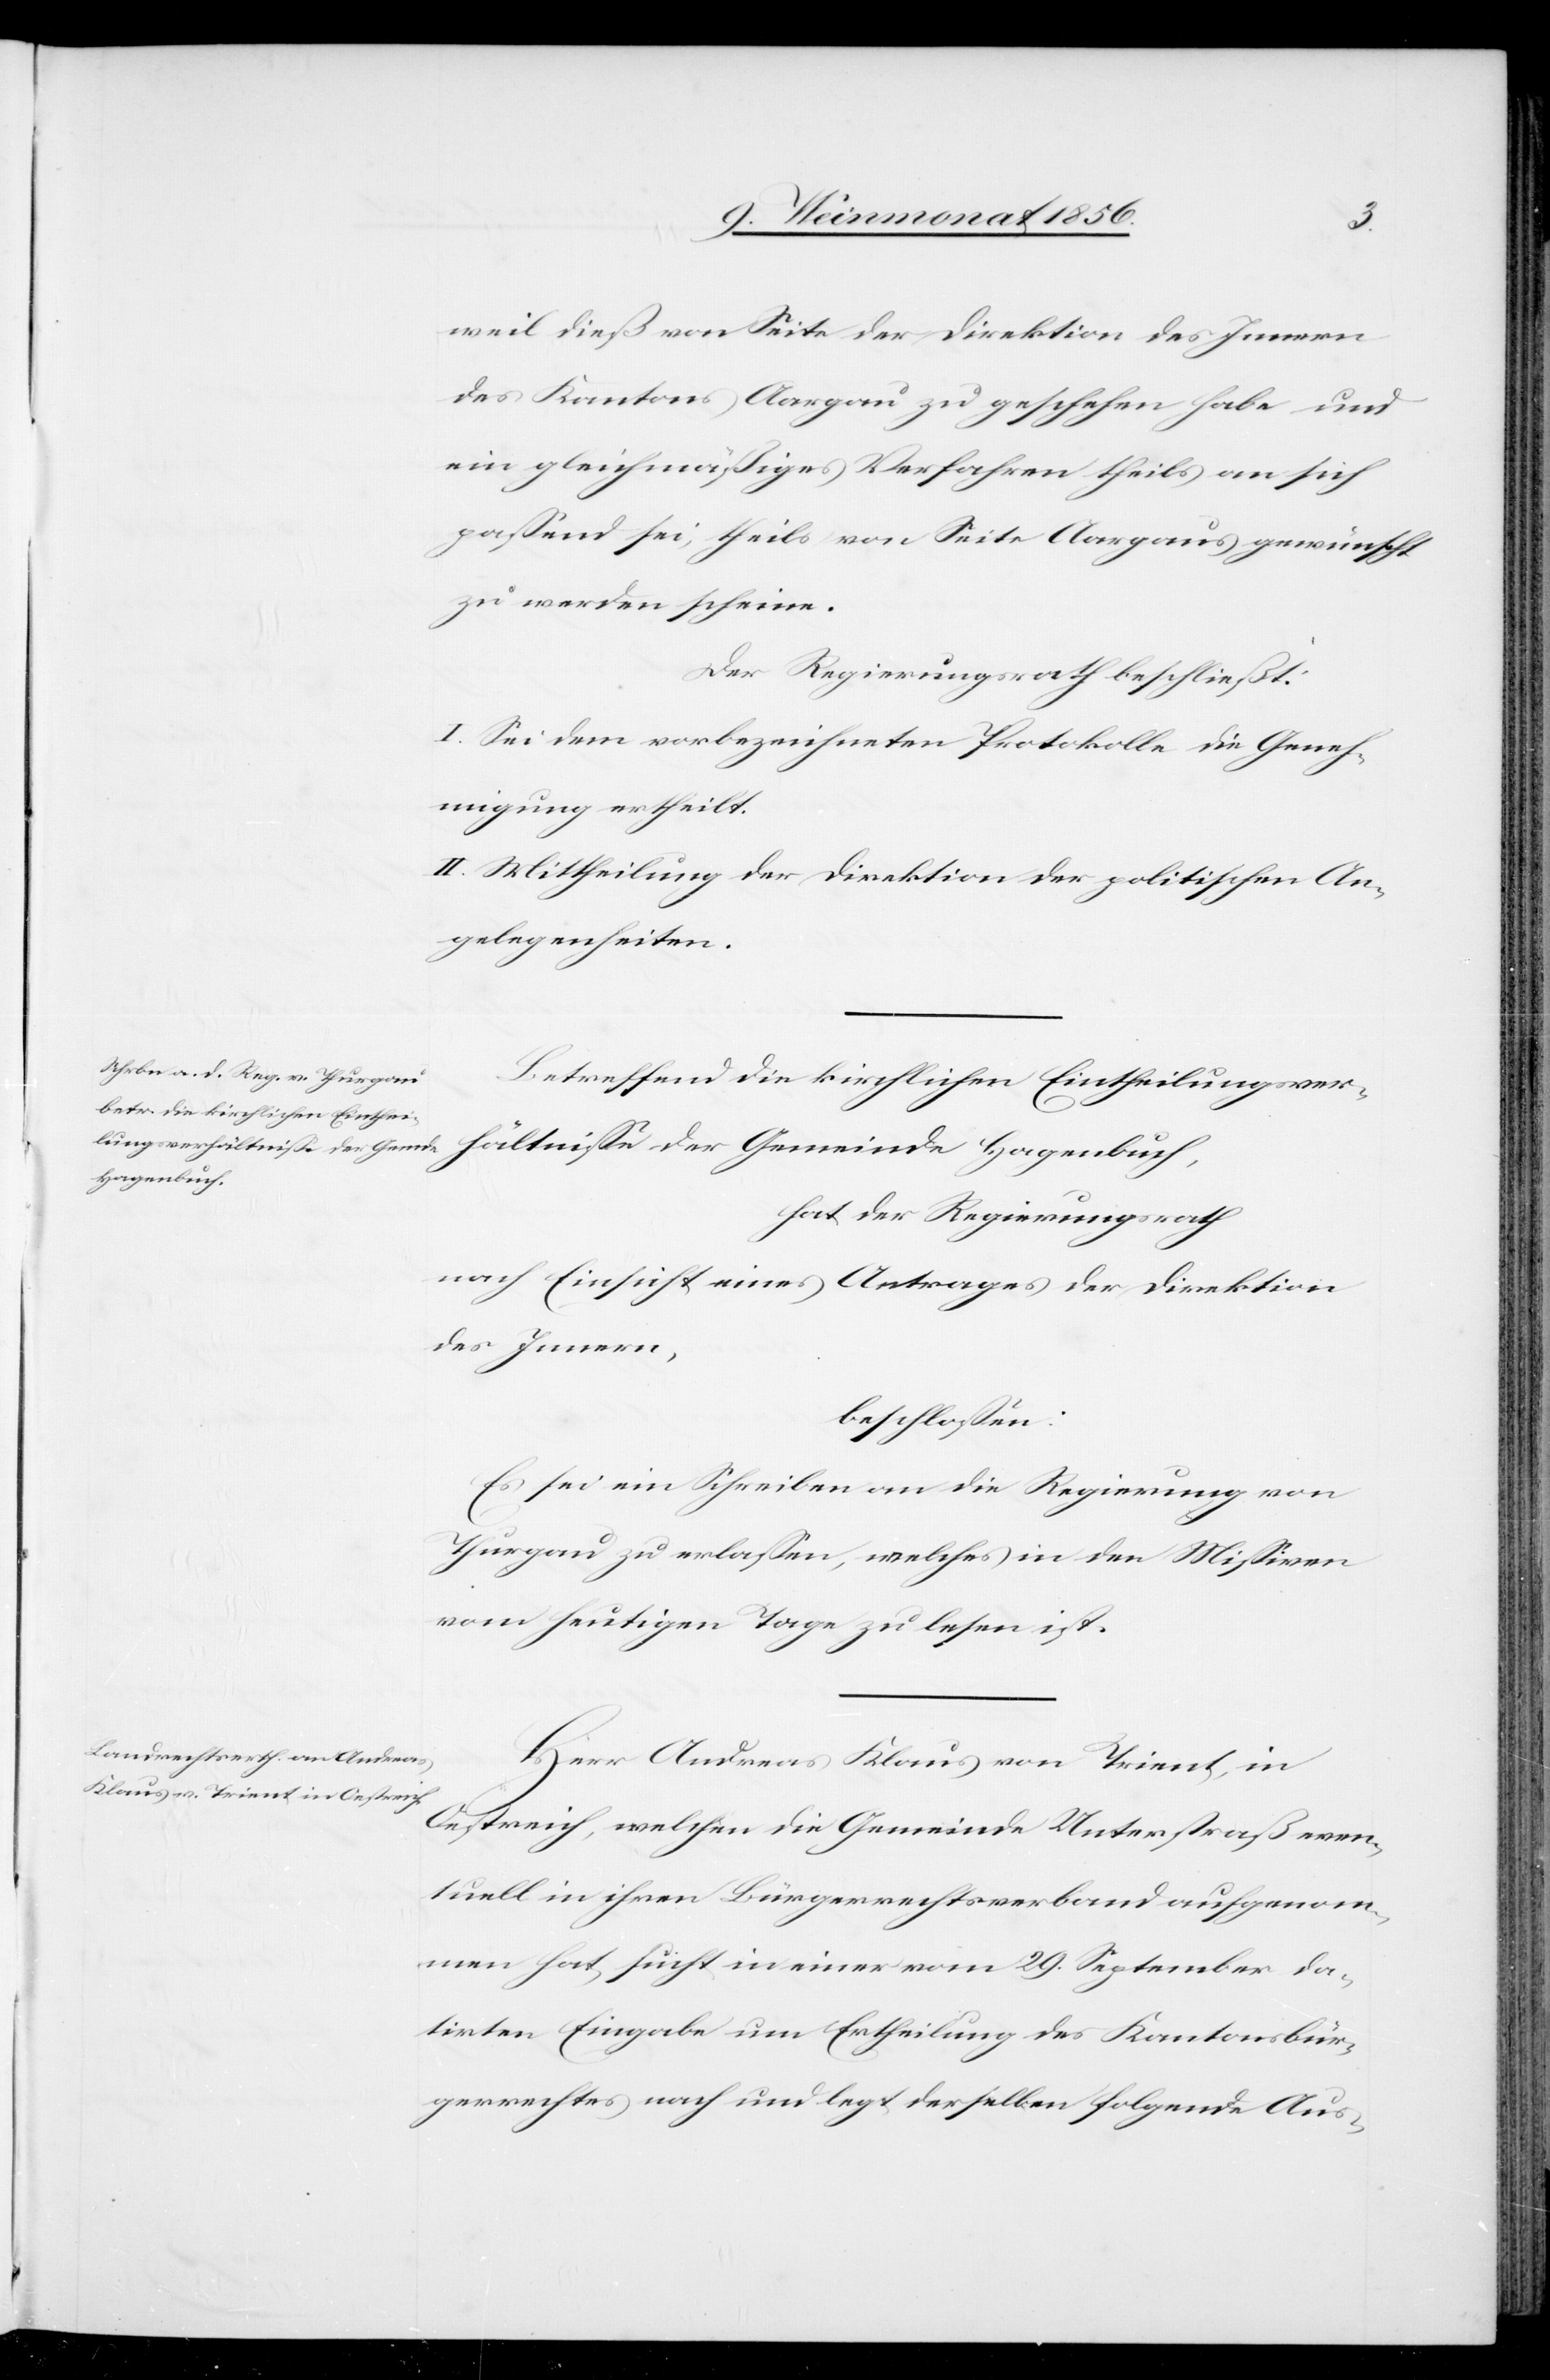
tnisse
weil dieß von Seite der Direktion des Innern
des Kantons Aargau zu geschehen habe und
ein gleichmäßiges Verfahren theils an sich
passend sei, theils von Seite Aargaus gewünscht
zu werden scheine.
Der Regierungsrath beschließt:
I. Sei dem vorbezeichneten Protokolle die Geneh¬
migung ertheilt.
II. Mittheilung der Direktion der politischen An¬
gelegenheiten.
Betreffend die kirchlichen Eintheilungsverhäl¬
Hagenbuch,
hat der Regierungsrath
nach Einsicht eines Antrages der Direktion
des Innern,
beschlossen:
Es sei ein Schreiben an die Regierung von
Thurgau zu erlassen, welches in den Missiven
vom heutigen Tage zu lesen ist.
Herr Andreas Klaus von Trient, in
Oestreich, welchen die Gemeinde Unterstraß even¬
tuell in ihren Bürgerrechtsverband aufgenom¬
men hat, sucht in einer vom 29. September da¬
tirten Eingabe um Ertheilung des Kantonsbür¬
gerrechtes nach und legt derselben folgende Aus-